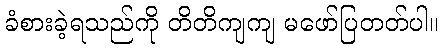
ခံစားခဲ့ရသည်ကို တိတိကျကျ မဖော်ပြတတ်ပါ။